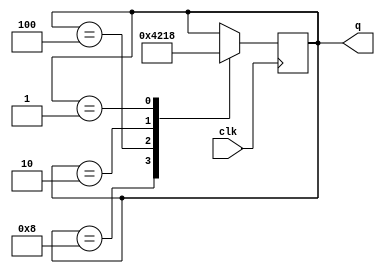
module ring(
    input clk,
    output reg[0:3]q=4'b1000
    );

    always @(posedge clk)
    begin
        case(q)
            4'b1000:q=4'b0100;
            4'b0100:q=4'b0010;
            4'b0010:q=4'b0001;
            4'b0001:q=4'b1000;
        endcase
    end
    
endmodule